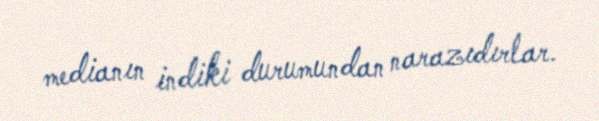
medianın indiki durumundan narazıdırlar.